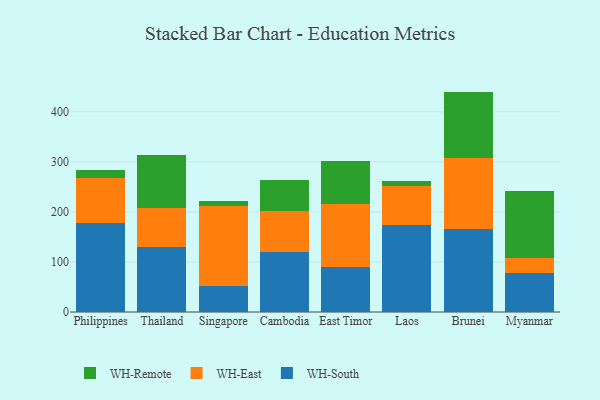
{"axis": {"x": "Country", "y": "Temperature (°C)"}, "legend": ["WH-East", "WH-Remote", "WH-South"], "data": [{"x": "Philippines", "y": 178.0, "type": "WH-South"}, {"x": "Philippines", "y": 89.0, "type": "WH-East"}, {"x": "Philippines", "y": 17.3, "type": "WH-Remote"}, {"x": "Thailand", "y": 130.5, "type": "WH-South"}, {"x": "Thailand", "y": 78.3, "type": "WH-East"}, {"x": "Thailand", "y": 104.9, "type": "WH-Remote"}, {"x": "Singapore", "y": 51.4, "type": "WH-South"}, {"x": "Singapore", "y": 159.9, "type": "WH-East"}, {"x": "Singapore", "y": 9.9, "type": "WH-Remote"}, {"x": "Cambodia", "y": 120.3, "type": "WH-South"}, {"x": "Cambodia", "y": 80.7, "type": "WH-East"}, {"x": "Cambodia", "y": 63.5, "type": "WH-Remote"}, {"x": "East Timor", "y": 89.6, "type": "WH-South"}, {"x": "East Timor", "y": 125.4, "type": "WH-East"}, {"x": "East Timor", "y": 85.8, "type": "WH-Remote"}, {"x": "Laos", "y": 173.5, "type": "WH-South"}, {"x": "Laos", "y": 77.7, "type": "WH-East"}, {"x": "Laos", "y": 11.0, "type": "WH-Remote"}, {"x": "Brunei", "y": 165.6, "type": "WH-South"}, {"x": "Brunei", "y": 141.9, "type": "WH-East"}, {"x": "Brunei", "y": 132.9, "type": "WH-Remote"}, {"x": "Myanmar", "y": 77.8, "type": "WH-South"}, {"x": "Myanmar", "y": 29.7, "type": "WH-East"}, {"x": "Myanmar", "y": 135.0, "type": "WH-Remote"}]}